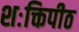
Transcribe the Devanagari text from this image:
शःक्तिपीठ